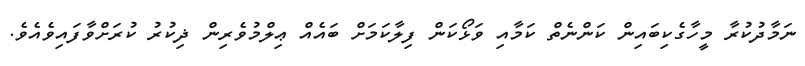
ނަމާދުކުރާ މީހާގެކިބައިން ކަންނެތް ކަމާއި ވަޅޯކަން ފިލާކަމަށް ބައެއް ޢިލްމުވެރިން ޛިކުރު ކުރަށްވާފައިވެއެވެ.